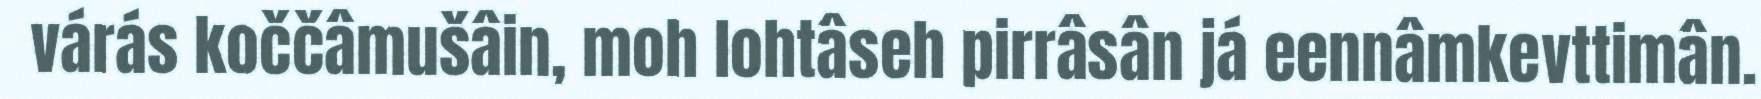
várás koččâmušâin, moh lohtâseh pirrâsân já eennâmkevttimân.